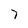
Character: 7